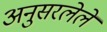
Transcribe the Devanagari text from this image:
अनुसरलेले